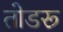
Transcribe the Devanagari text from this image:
तोडरू